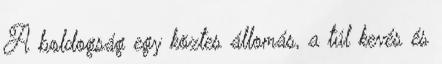
A boldogság egy köztes állomás, a túl kevés és